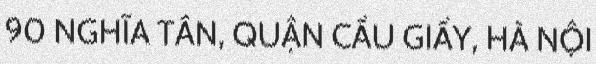
90 NGHĨA TÂN, QUẬN CẦU GIẤY, HÀ NỘI